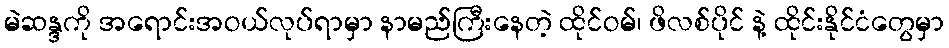
မဲဆန္ဒကို အရောင်းအဝယ်လုပ်ရာမှာ နာမည်ကြီးနေတဲ့ ထိုင်ဝမ်၊ ဖိလစ်ပိုင် နဲ့ ထိုင်းနိုင်ငံတွေမှာ